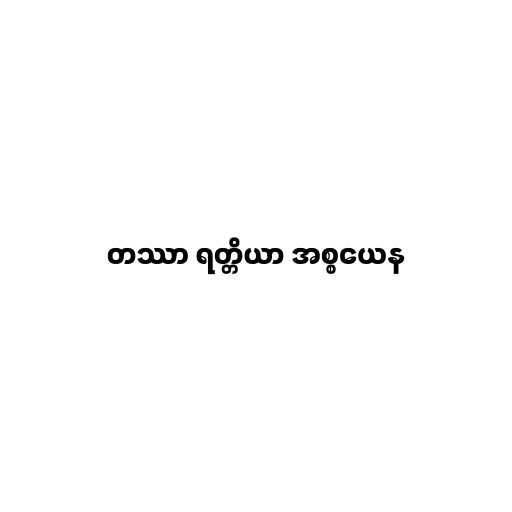
တဿာ ရတ္တိယာ အစ္စယေန